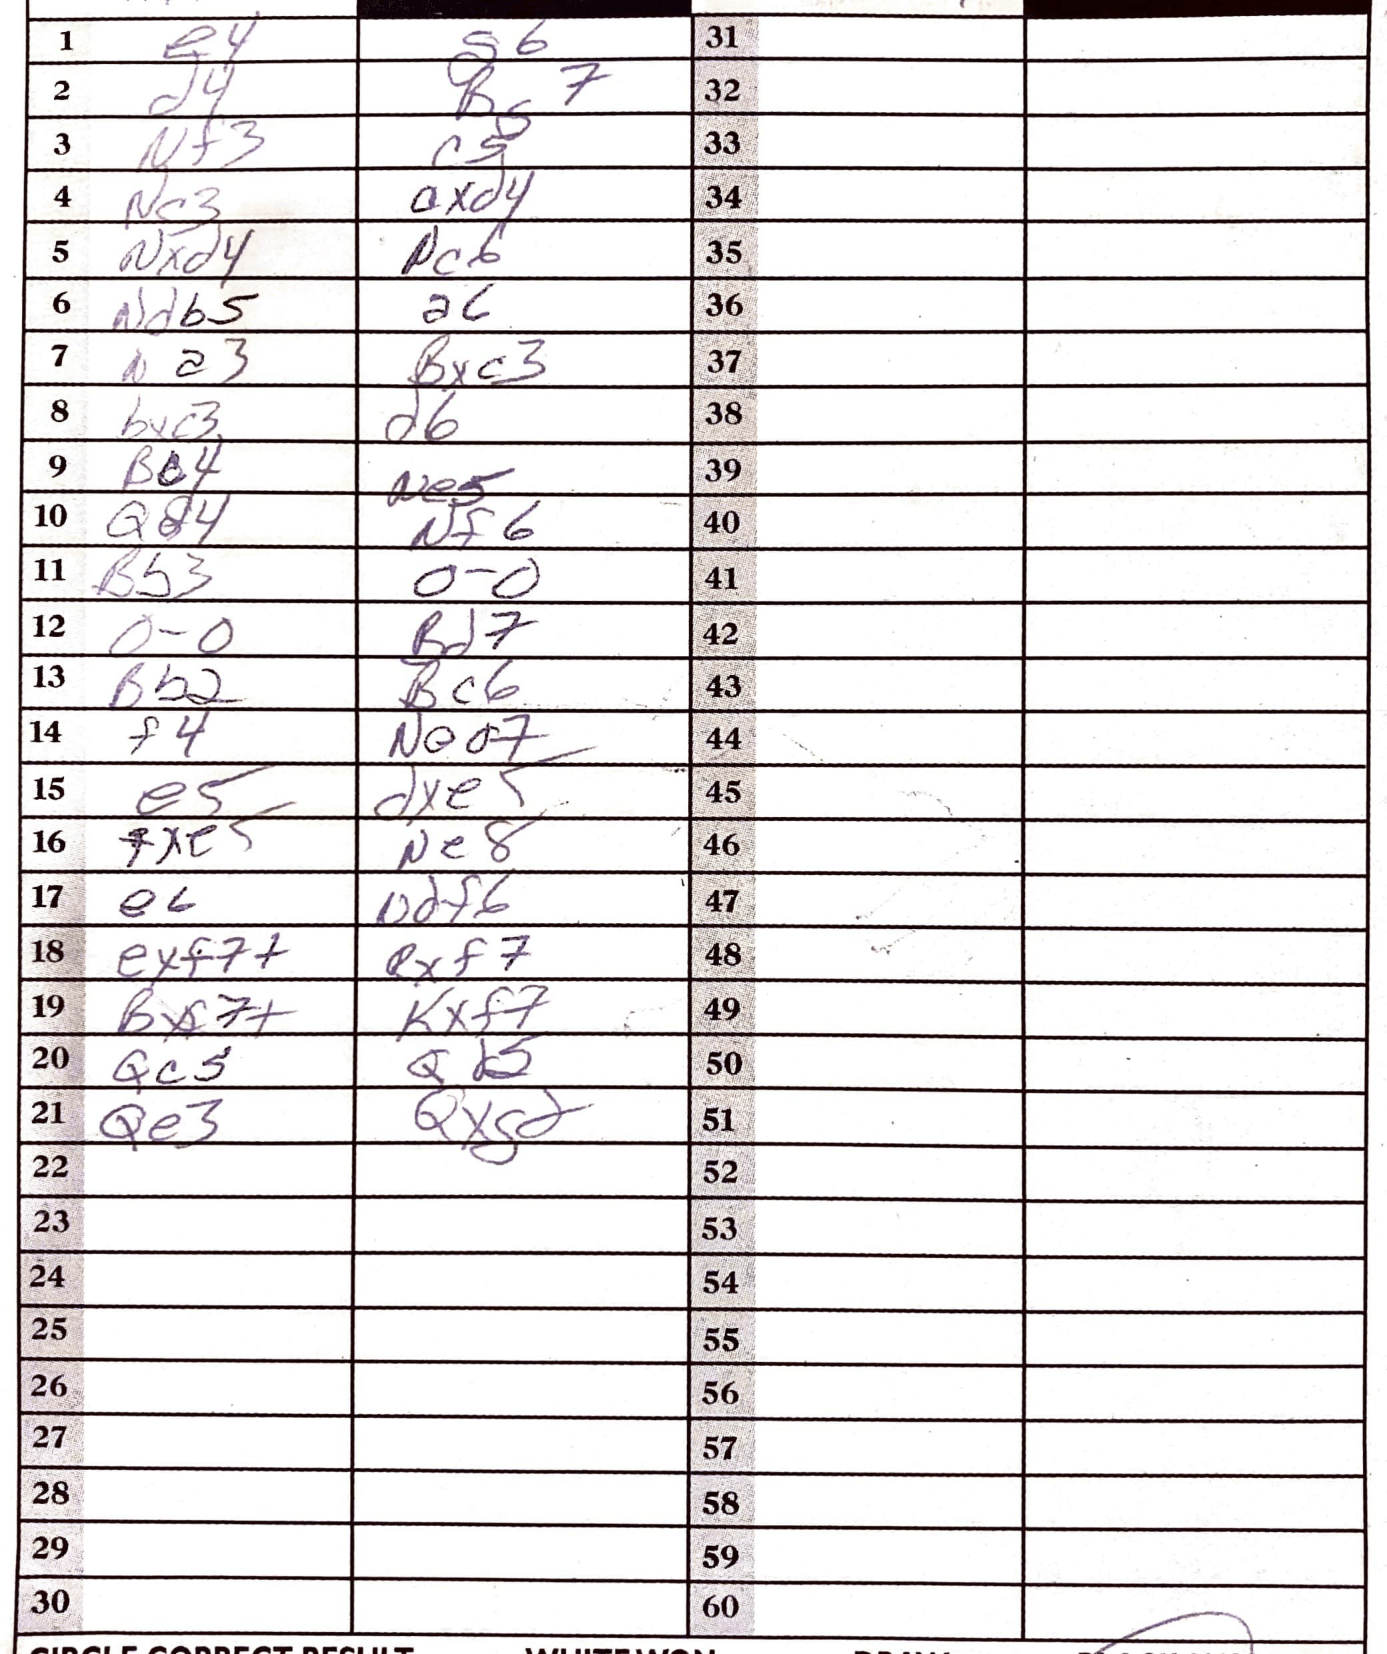
Moves: e4 g6 d4 Rg7 Nf3 c5 Nc3 axd4 Nxd4 Pc6 Ndb5 a6 Na3 Bxc3 bxc3 d6 Bc4 Ne5 Qd4 Nf6 Bb3 O-O O-O Bd7 Bb2 Bc6 f4 Nea7 e5 dxe5 fxe5 Ne8 e6 Ndf6 exf7+ Rxf7 Bx7+ Kxf7 Qc5 Qd2 Qe3 Qxg8